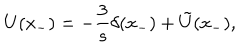
U ( x _ { - } ) = - \frac { 3 } { s } \delta ( x _ { - } ) + \tilde { U } ( x _ { - } ) ,